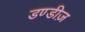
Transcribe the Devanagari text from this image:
डण्डीज़